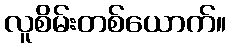
လူစိမ်းတစ်ယောက်။